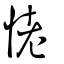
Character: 恅